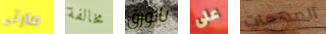
مارتى مخالفة بالورق على المهمات